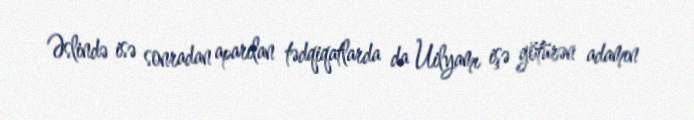
Əslində isə sonradan aparılan tədqiqatlarda da Uilyamı işə götürən adamın